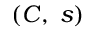
\textstyle ( C , \; s )